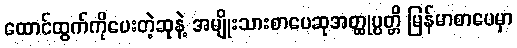
ထောင်ထွက်ကိုပေးတဲ့ဆုနဲ့ အမျိုးသားစာပေဆုအတ္ထုပ္ပတ္တိ မြန်မာစာပေမှာ